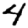
Digit: 4